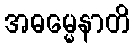
အဓမ္မေနာတိ